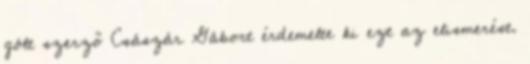
gólt szerző Császár Gábort érdemelte ki ezt az elismerést.